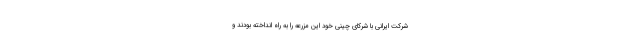
شرکت ایرانی با شرکای چینی خود این مزرعه را به راه انداخته بودند و